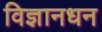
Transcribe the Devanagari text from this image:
विज्ञानधन